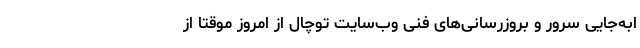
ابه‌جایی سرور و بروزرسانی‌های فنی وب‌سایت توچال از امروز موقتاً از